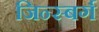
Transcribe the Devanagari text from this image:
जिन्स्बर्ग